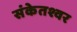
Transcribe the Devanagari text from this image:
संकेतश्वर